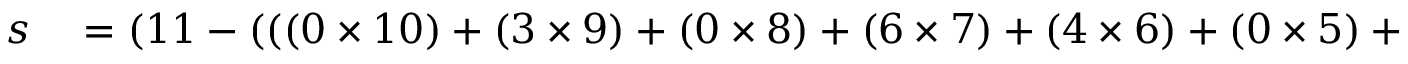
\begin{array} { r l } { s } & { { } = ( 1 1 - ( ( ( 0 \times 1 0 ) + ( 3 \times 9 ) + ( 0 \times 8 ) + ( 6 \times 7 ) + ( 4 \times 6 ) + ( 0 \times 5 ) + ( 6 \times 4 ) + ( 1 \times 3 ) + ( 5 \times 2 ) ) \, { \bmod { \, } } 1 1 ) ) \, { \bmod { \, } } 1 1 } \end{array}